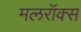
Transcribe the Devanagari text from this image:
मलरॉक्स